Report on vaccination in Madras 1895-1903 - 1895-1903
Year: 1895
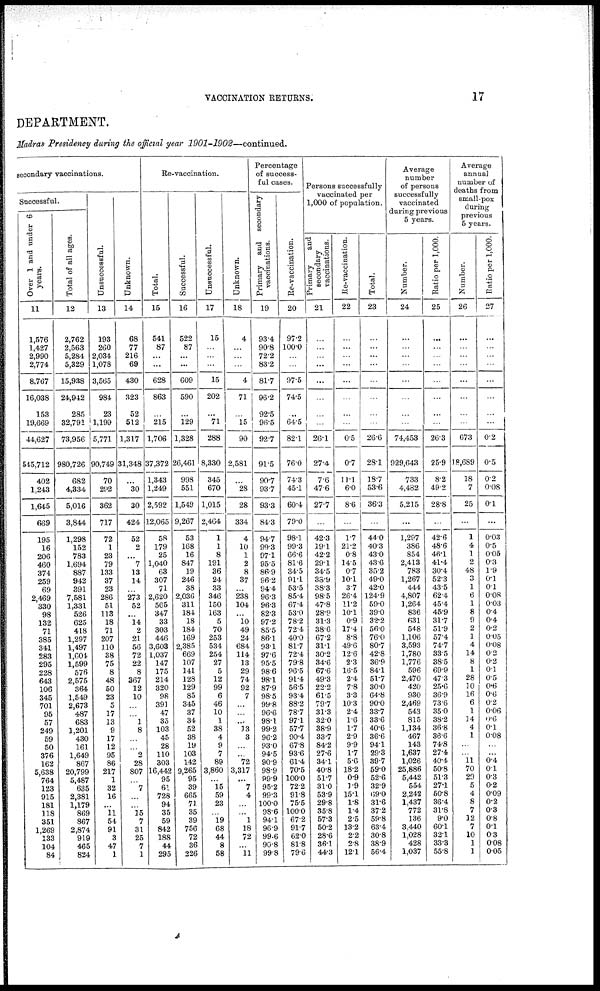
VACCINATION RETURNS.
17
DEPARTMENT.
Madras Presidency during the official year
1901-1902—continued.
secondary vaccinations.
Successful.
Over 1 and under 6
years.
11
1,576
1,427
2,990
2,774
8,767
16,038
153
19,669
44,627
545,712
402
1,243
1,645
669
195
16
206
460
374
259
69
2,469
330
98
132
71
385
341
283
295
228
643
106
345
701
95
57
249
59
50
376
162
5,638
764
123
915
181
118
351
1,269
133
104
84
Total of all ages.
12
2,762
2,563
5,284
5,329
15,938
24,942
285
32,791
73,956
980,726
682
4,334
5,016
3,844
1,298
152
783
1,694
887
942
391
7,581
1,331
526
625
418
1,297
1,497
1,604
1,599
576
2,575
364
1,549
2,673
487
683
1,201
430
161
1,649
867
20,799
5,487
635
2,381
1,179
869
867
2,874
919
465
824
Unsuccessful.
13
193
260
2,034
1,078
3,565
984
23
1,199
5,771
90,749
70
292
362
717
72
1
23
79
133
37
23
286
51
113
18
71
207
110
38
75
8
48
50
23
5
17
13
9
17
12
95
86
217
1
32
16
...
11
54
91
3
47
1
Unknown.
14
68
77
216
69
430
323
52
512
1,317
31,348
...
30
30
424
52
2
...
7
13
14
...
273
52
...
14
2
21
56
72
22
8
367
12
10
...
...
1
8
...
...
2
28
807
...
7
...
...
15
7
31
25
7
1
Re-vaccination.
Total.
15
541
87
...
...
628
863
...
215
1,706
37,372
1,343
1,249
2,592
12,065
58
179
25
1,040
63
307
71
2,620
565
347
33
303
446
3,603
1,037
147
175
214
320
98
391
47
35
103
45
28
110
303
16,442
95
61
728
94
35
59
842
188
44
295
Successful.
16
522
87
...
...
609
590
...
129
1,328
26,461
998
551
1,549
9,267
53
168
16
847
19
246
38
2,036
311
184
18
184
169
2,385
669
107
141
128
129
85
345
37
34
52
38
19
103
142
9,265
95
39
665
71
35
39
756
72
36
226
Unsuccessful.
17
15
...
...
...
15
202
...
71
288
8,330
345
670
1,015
2,464
1
1
8
191
36
24
33
346
150
163
5
70
253
534
254
27
5
12
99
6
46
10
1
38
4
9
7
89
3,860
...
15
59
23
...
19
68
44
8
58
Unknown.
18
4
...
...
...
4
71
...
15
90
2,581
...
28
28
334
4
10
1
2
8
37
...
238
104
...
10
49
24
684
114
13
29
74
92
7
...
...
...
13
3
...
...
72
3,317
...
7
4
...
...
1
18
72
...
11
Percentage
of success-
ful cases.
Primary and secondary
vaccinations.
19
93.4
90.8
72.2
83.2
81.7
96.2
92.5
96.5
92.7
91.5
90.7
93.7
93.3
84.3
94.7
99.3
97.1
95.5
86.9
96.2
94.4
96.3
96.3
82.3
97.2
85.5
86.1
93.1
97.6
95.5
98.6
98.1
87.9
98.5
99.8
96.6
98.1
99.2
96.2
93.0
94.5
90.9
98.9
99.9
95.2
99.3
100.0
98.6
94.1
96.9
99.6
90.8
99.8
Re-vaccination.
20
97.2
100.0
...
...
97.5
74.5
...
64.5
82.1
76.0
74.3
45.1
60.4
79.0
98.1
99.3
66.6
81.6
34.5
91.1
53.5
85.4
67.4
53.0
78.2
72.4
40.0
81.7
72.4
79.8
96.5
91.4
56.5
93.4
88.2
78.7
97.1
57.7
90.4
67.8
93.6
61.4
70.5
100.0
72.2
91.8
75.5
100.0
672
91.7
62.0
81.8
79.6
Persons successfully
vaccinated per
1,000 of population.
Primary
and
secondary
vaccinations.
21
...
...
...
...
...
...
...
...
26.1
27.4
7.6
47.6
27.7
...
42.3
19.1
42.2
29.1
34.5
38.9
38.3
98.5
47.8
28.9
31.3
38.6
67.2
31.1
30.2
34.6
67.6
49.3
22.2
61.5
79.7
31.3
32.0
38.9
33.7
84.2
27.6
34.1
40.8
51.7
31.0
53.9
29.8
35.8
57.3
50.2
28.6
36.1
44.3
Re-vaccination.
22
...
...
...
...
...
...
...
...
0.5
0.7
11.1
6.0
8.6
...
1.7
21.2
0.8
14.5
0.7
10.1
3.7
26.4
11.2
10.1
0.9
17.4
8.8
49.6
12.6
2.3
16.5
2.4
7.8
3.3
10.3
2.4
1.6
1.7
2.9
9.9
1.7
5.6
18.2
0.9
1.9
15.1
1.8
1.4
2.5
13.2
2.2
2.8
12.1
Total.
23
...
...
...
...
...
...
...
...
26.6
28.1
18.7
53.6
36.3
...
44.0
40.3
43.0
43.6
35.2
49.0
42.0
124.9
59.0
39.0
32.2
56.0
76.0
80.7
42.8
36.9
84.1
51.7
30.0
64.8
90.0
33.7
33.6
40.6
36.6
94.1
29.3
39.7
59.0
52.6
32.9
69.0
31.6
37.2
59.8
63.4
30.8
38.9
56.4
Average
number
of persons
successfully
vaccinated
during previous
5 years.
Number.
24
...
...
...
...
...
...
...
...
74,453
929,643
733
4,482
5,215
...
1,297
386
854
2,413
783
1,267
444
4,807
1,264
836
631
548
1,106
3,593
1,780
1,776
596
2,470
420
930
2,469
543
815
1,134
467
143
1,637
1,026
25,886
5,442
554
2,242
1,437
772
136
3,440
1,028
428
1,037
Ratio per 1,000.
25
...
...
...
...
...
...
...
...
26.3
25.9
8.2
49.2
28.8
...
42.6
48.6
46.1
41.4
30.4
52.3
43.5
62.4
45.4
45.9
31.7
51.9
57.4
74.7
33.5
38.5
69.9
47.3
25.6
36.9
73.6
35.0
38.2
36.8
36.6
74.8
27.4
40.4
50.8
51.3
27.1
50.8
36.4
31.8
9.0
60.1
32.1
33.3
55.8
Average
annual
number of
deaths from
small-pox
during
previous
5 years.
Number.
26
...
...
...
...
...
...
...
...
673
18,689
18
7
25
...
1
4
1
2
48
3
1
6
1
8
9
2
1
4
14
8
1
28
10
16
6
1
14
4
1
...
...
11
70
29
5
4
8
7
12
7
10
1
1
Ratio per 1,000.
27
...
...
...
...
...
...
...
...
0.2
0.5
0.2
0.08
0.1
...
0.03
0.5
0.05
0.3
1.9
0.1
0.1
0.08
0.03
0.4
0.4
0.2
0.05
0.08
0.2
0.2
0.1
0.5
0.6
0.6
0.2
0.06
0.6
0.1
0.08
...
...
0.4
0.1
0.3
0.2
0.09
0.2
0.3
0.8
0.1
0.3
0.08
0.05